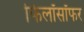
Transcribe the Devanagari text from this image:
फिलॉसॉफर